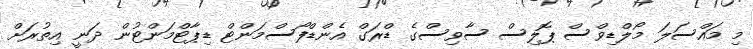
މި މައްސަލަ މޯލްޑިވްސް ޕޮލިސް ސާވިސްގެ ޑްރަގް އެންޑްފޯސްމަންޓް ޑިޕާޓްމަންޓުން ދަނީ އިތުރަށް